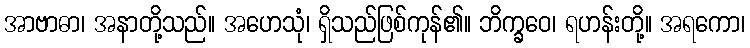
အာဗာဓာ၊ အနာတို့သည်။ အဟေသုံ၊ ရှိသည်ဖြစ်ကုန်၏။ ဘိက္ခဝေ၊ ရဟန်းတို့။ အရကော၊